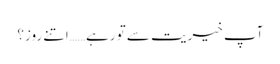
آپ خیریت سے تو رہے……اتنے روز؟